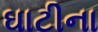
ઘાટીના